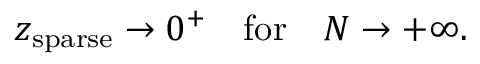
z _ { \mathrm { s p a r s e } } \to 0 ^ { + } \quad \mathrm { f o r } \quad N \to + \infty .